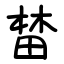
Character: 榃